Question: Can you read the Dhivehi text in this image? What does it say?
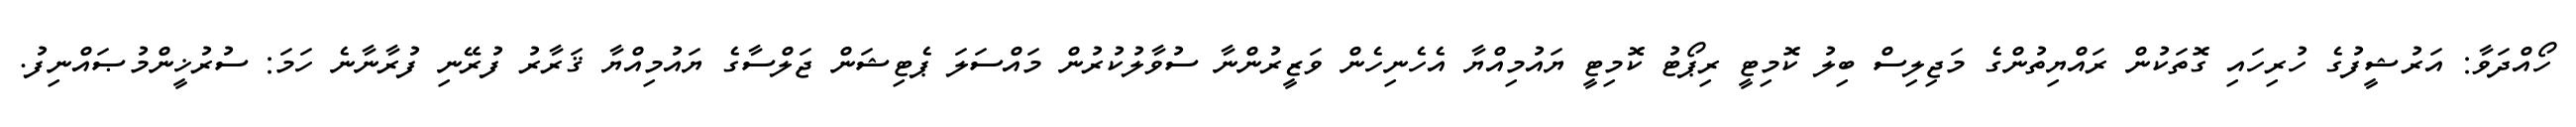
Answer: ހޯއްދަވާ: އަރުޝީފުގެ ހުރިހައި ގޮތަކުން ރައްޔިތުންގެ މަޖިލިސް ބިލު ކޮމިޓީ ރިޕޯޓު ކޮމިޓީ ޔައުމިއްޔާ އެހެނިހެން ވަޒީރުންނާ ސުވާލުކުރުން މައްސަލަ ޕެޓިޝަން ޖަލްސާގެ ޔައުމިއްޔާ ޤަރާރު ފުރޭނި ފުރާނާނެ ހަމަ: ސުރުޚީންމުޞައްނިފު.